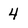
Character: 4